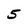
Character: 5